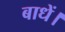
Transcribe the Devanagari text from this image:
बाधें।